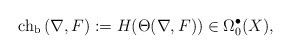
\begin{align*} \mathrm{ch_b\,}(\nabla,F):=H(\Theta(\nabla,F))\in\Omega^\bullet_{0}(X),\end{align*}